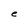
Character: e